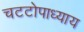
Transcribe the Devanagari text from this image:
चटटोपाध्याय